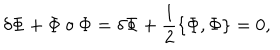
\delta \Phi + \Phi \circ \Phi = \delta \Phi + \frac { 1 } { 2 } \{ \Phi , \Phi \} = 0 ,